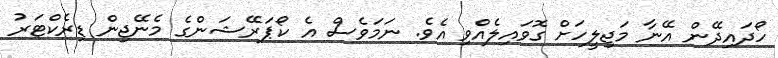
ހޯދައިދޭން އޭނާ މަޖިލީހަށް ގޮވައިލެއްވި އެވެ. ނަމަވެސް އެ ކޯޕަރޭޝަންގެ މެނޭޖިން ޑިރެކްޓަރު